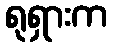
ရုရှားက